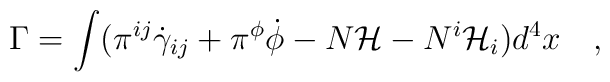
\Gamma=\int(\pi^{ij}\dot\gamma_{ij}+\pi^{\phi}\dot\phi-N{\mathcal{H}}-N^{i}{\mathcal{H}}_{i})d^{4}x ~~~,